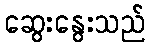
ဆွေးနွေးသည်